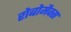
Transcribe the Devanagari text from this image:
रोबोमैक्स